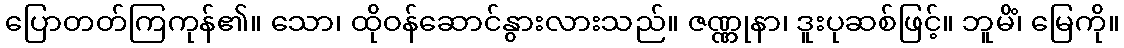
ပြောတတ်ကြကုန်၏။ သော၊ ထိုဝန်ဆောင်နွားလားသည်။ ဇဏ္ဏုနာ၊ ဒူးပုဆစ်ဖြင့်။ ဘူမိံ၊ မြေကို။